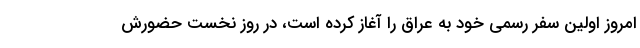
امروز اولین سفر رسمی خود به عراق را آغاز کرده است، در روز نخست حضورش